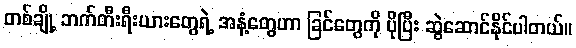
တစ်ချို့ ဘက်တီးရီးယားတွေရဲ့ အနံ့တွေဟာ ခြင်တွေကို ပိုပြီး ဆွဲဆောင်နိုင်ပါတယ်။